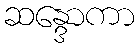
ဆန္ဒောကာ